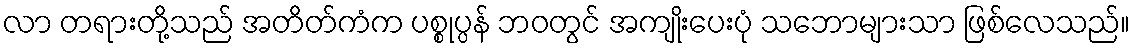
လာ တရားတို့သည် အတိတ်ကံက ပစ္စုပ္ပန် ဘဝတွင် အကျိုးပေးပုံ သဘောများသာ ဖြစ်လေသည်။